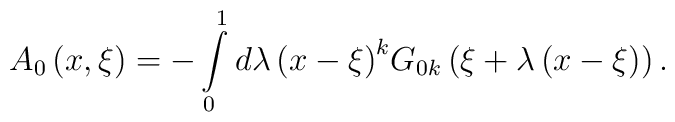
A_0 \left( {x,\xi } \right) =  - \int\limits_0^1 {d\lambda \left({x - \xi } \right)} ^k G_{0k} \left( {\xi  + \lambda \left( {x -\xi } \right)} \right) .